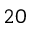
2 0